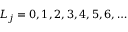
L _ { j } = 0 , 1 , 2 , 3 , 4 , 5 , 6 , \ldots